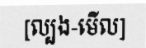
[ល្បង-មើល]